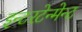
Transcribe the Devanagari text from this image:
इन्टरटेन्मेन्ट